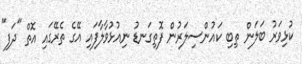
ކުޅިވަރު ބަލަން ތިބި ކައުންސިލަރުން ފޮތިގަނޑު ނިއުޅުވާލާފައި އޭގެ ތެރޭގައި އޮތް "ދަފި"